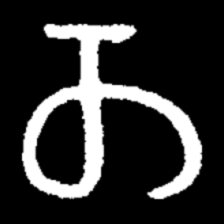
Pyu character \u2014 Myanmar letter: တ (romanized: ta)